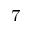
^ 7